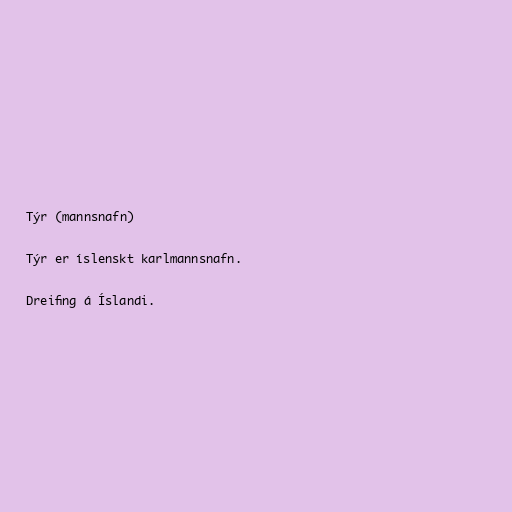
Týr (mannsnafn)

Týr er íslenskt karlmannsnafn.

Dreifing á Íslandi.